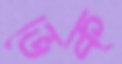
ভেক্